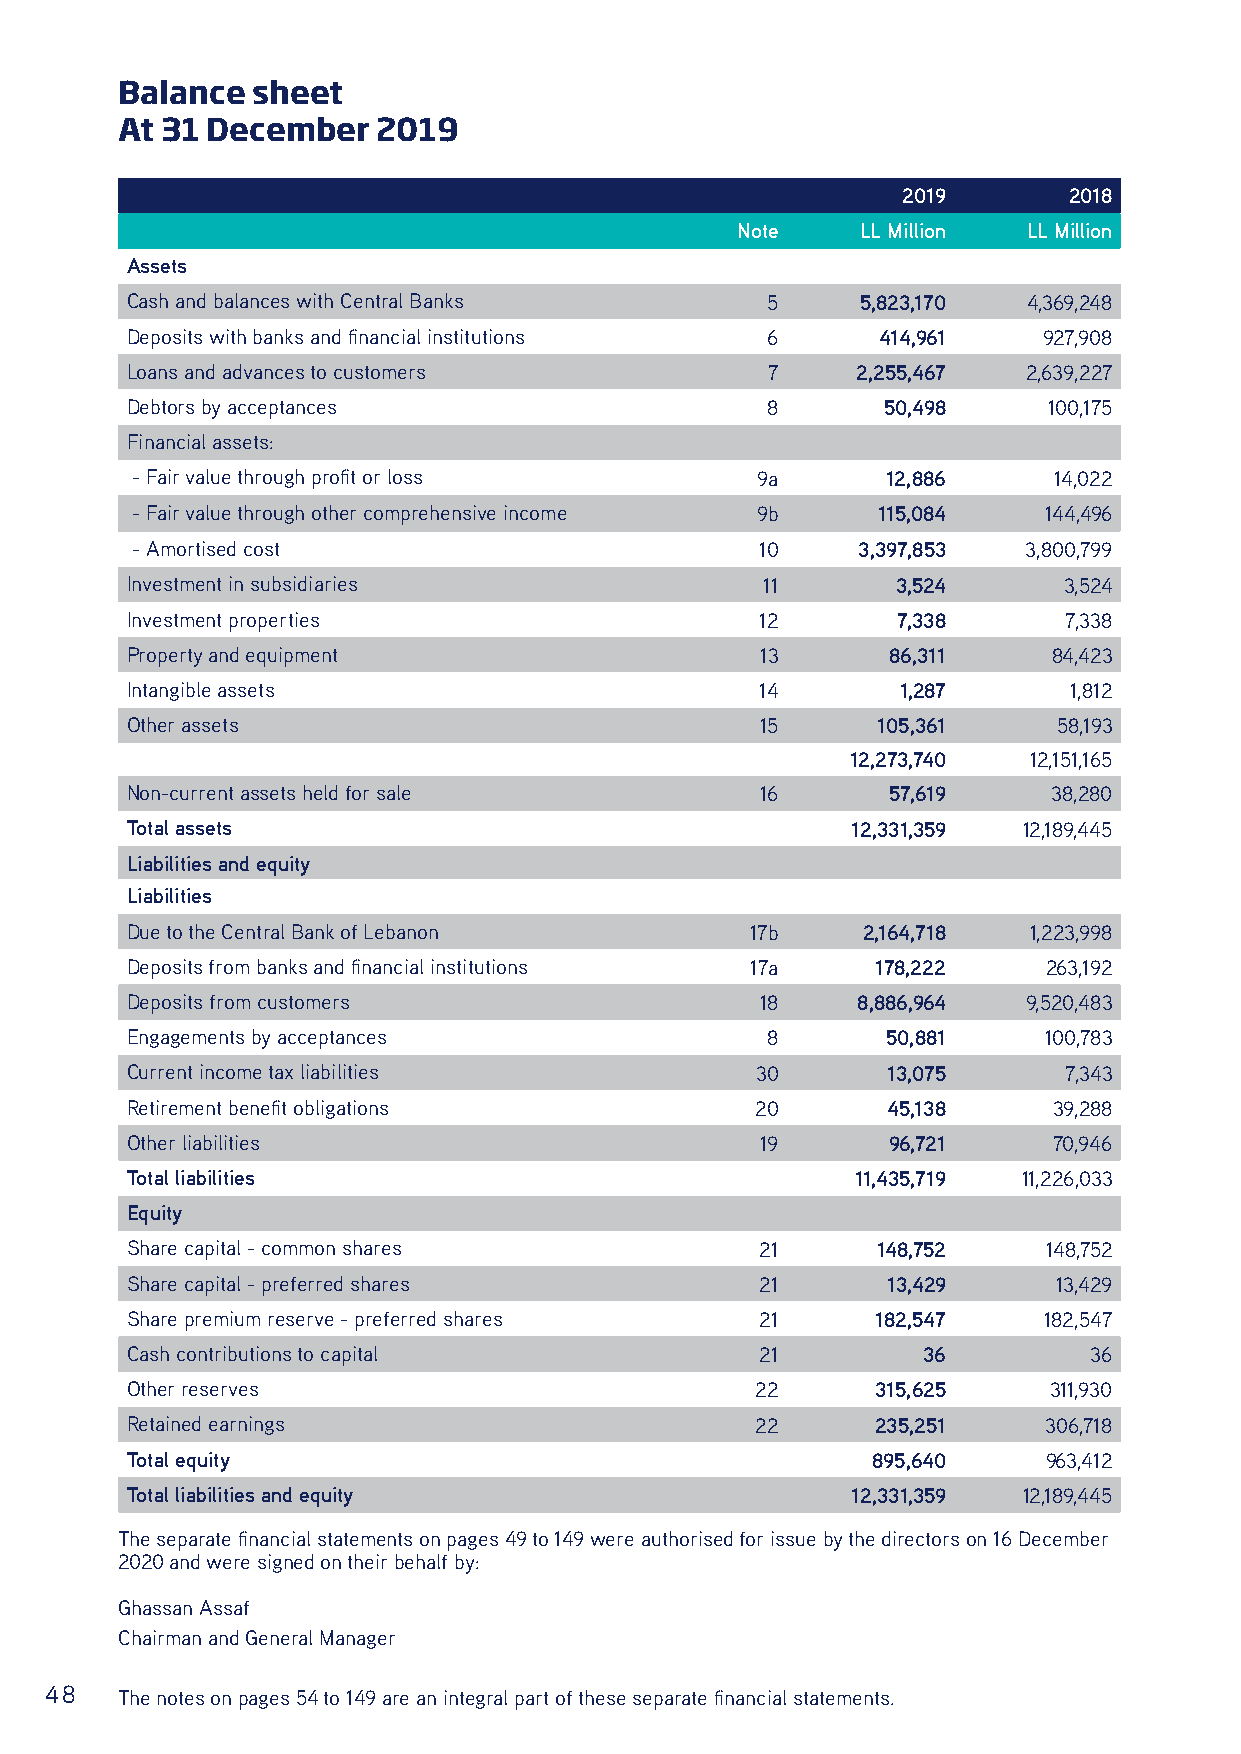
Balance  sheet
 At 31 December   2019
 2019       2018
 Note    LL Million LL Million
 Assets
 Cash and balances with Central Banks       5     5,823,170  4,369,248
 Deposits with banks and financial institutions 6  414,961    927,908
 Loans and advances to customers            7     2,255,467  2,639,227
 Debtors by acceptances                     8      50,498     100,175
 Financial assets:
 - Fair value through profit or loss      9a       12,886     14,022
 - Fair value through other comprehensive income 9b 115,084  144,496
 - Amortised cost                         10     3,397,853  3,800,799
 Investment in subsidiaries                 11      3,524      3,524
 Investment properties                     12       7,338      7,338
 Property and equipment                    13       86,311     84,423
 Intangible assets                         14        1,287      1,812
 Other assets                              15      105,361     58,193
 12,273,740  12,151,165
 Non-current assets held for sale          16       57,619     38,280
 Total assets                                    12,331,359  12,189,445
 Liabilities and equity
 Liabilities
 Due to the Central Bank of Lebanon        17b    2,164,718  1,223,998
 Deposits from banks and financial institutions 17a 178,222   263,192
 Deposits from customers                   18     8,886,964  9,520,483
 Engagements by acceptances                 8       50,881    100,783
 Current income tax liabilities            30       13,075     7,343
 Retirement benefit obligations            20       45,138     39,288
 Other liabilities                         19       96,721     70,946
 Total liabilities                                11,435,719 11,226,033
 Equity
 Share capital - common shares             21      148,752    148,752
 Share capital - preferred shares          21       13,429     13,429
 Share premium reserve - preferred shares  21      182,547    182,547
 Cash contributions to capital             21         36         36
 Other reserves                            22      315,625    311,930
 Retained earnings                         22      235,251    306,718
 Total equity                                      895,640    963,412
 Total liabilities and equity                    12,331,359  12,189,445
 The separate financial statements on pages 49 to 149 were authorised for issue by the directors on 16 December
 2020 and were signed on their behalf by:
 Ghassan Assaf
 Chairman and General Manager
 48   The notes on pages 54 to 149 are an integral part of these separate financial statements.